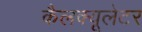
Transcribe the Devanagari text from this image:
कैलक्यूलेटर